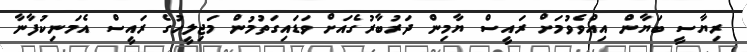
ރިޔާސީ ބަޔާން އިއްވެވުމަށް ރައީސް ޔާމިން ދަރުބާރުގެއަށް ވަޑައިގަތުމުން މަޖިލީހުގެ ރައީސް އެމަނިކުފާނާ